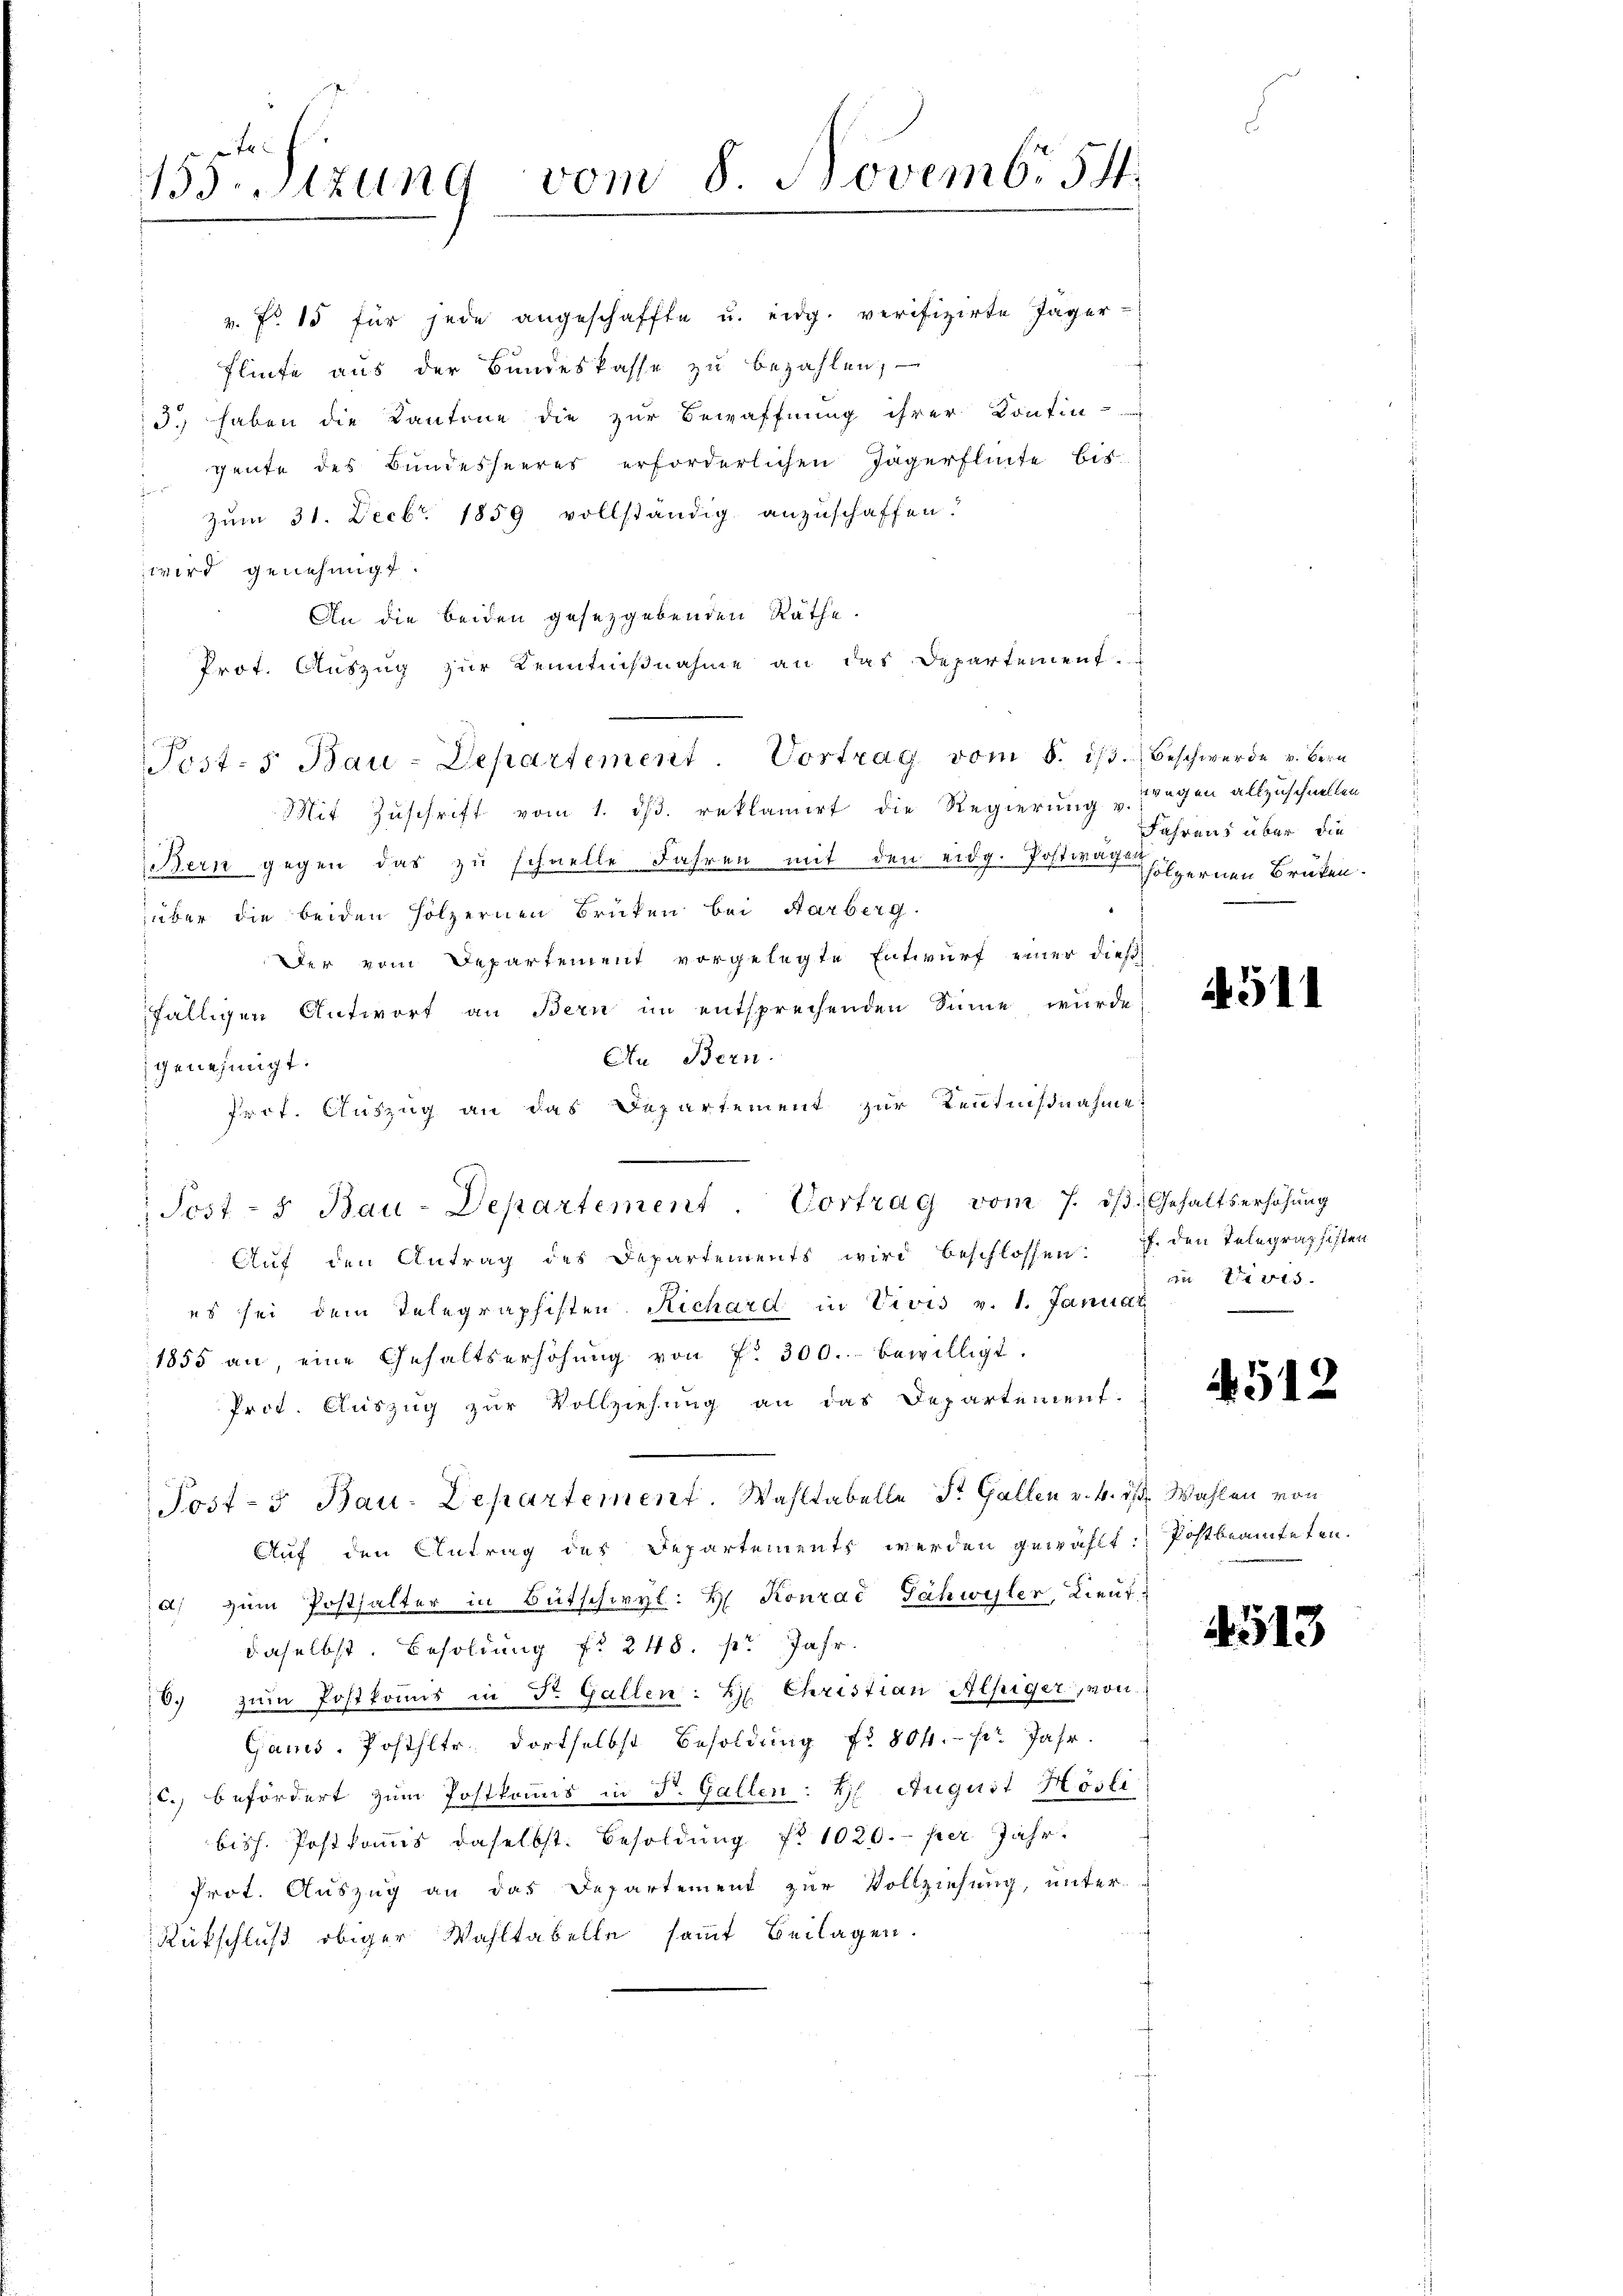
155.Stzung vom 8. Novemb. 54.

v. No 15 für jede angeschaffte u. eidg. verifizirte Jäger-
Flinte aus der Bundeskasse zu bezahlen,
3. haben die Kantone die zur Bewaffnung ihrer Kontin-
 Heute des Bundesheeres erforderlichen Jägerflecte bis
Zŭm 31. Decbr. 1859 vollständig anzuschaffen.
wird genehmigt.
An die beiden gesetzgebenden Räthe.
Prot. Auszug zur Kenntnißnahme an das Departement.
Mit Zuschrift vom 1. ds. reklamirt die Regierung und Tragen allzuschnellen
Bern gegen das zu schnelle Jahren mit den eidg. Postwagen hölzernen Brüten.
über die beiden Hölzernen Brücken bei Aarberg.
Der vom Departement vorgelegte Entwurf einer dies
fälligen Antwort an Bern im entsprechenden Sinne würde
An Bern.
genehmigt.
Prof. Auszug an das Departement zur Kentnißnahme
Sost- u Bau-Departement Vortrag vom 7. dβ. Gehaltserhöhŭng
Auf den Antrag des Departements wird beschlossen: J. den Telegraphisten
es sei dem Telegraphisten Richard in Vivis v. 1. Januar
1855 an, eine Gehaltserhöhŭng von fr. 300. bewilligt.
Prot. Auszug zur Vollziehung an das Departement.
Post-5 Bau-Departement. Wahltabelle St. Gallen v. 4. ist. Wahlen von
Auf den Antrag des Departements werden gewählt. Postbeamteten.
a) zum Posthalter in Bütschwyl: H. Konrać Jähwyler, Lieut.
daselbst. Besoldung fr 248. pr Jahr
6. zum Postkomis in Dr. Gallen: H. Christian Alpiger, von
Gams, Posthltr. dortselbst Besoldung fr. 804. pr. Jahr.
c., befördert zum Postkomis in P. Gallen: Ei August Hösli
biss. Postkomis daselbst. Besoldung No 1020.- per Jahr
Prot. Auszug an das Departement zur Vollziehung, unter¬
Rückschluß obiger Wahltabelle sammt Beilagen.

Post- 5. Bau-Departement. Vortrag vom 8. i. Beschwerde v. Bern

Fahrens über die

A.511

du Divis.

512

4513